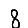
Digit: 8